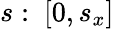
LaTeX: s:~[0,s_{x}]